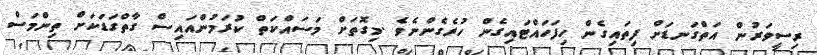
ރިސީވަރުން އަތްގަނޑަށް ފިތައިގެން ހިފަހައްޓައިގެން ހުރެގެންނެވެ .މިގޮތަށް މަސައްކަތް ކުރަމުންއައިސް ގާތްގަޑަކަށް ތިންމަސް